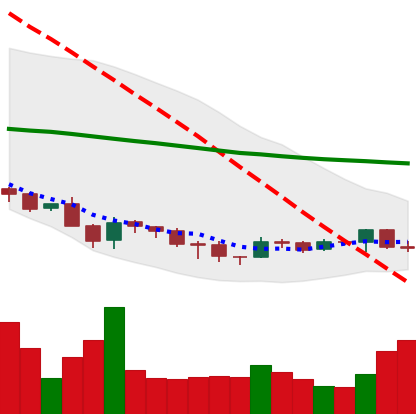
Ticker: DOGE-USD
Chart end date: 2018-12-05
Forward return: -3.67%
Label: down_3_5